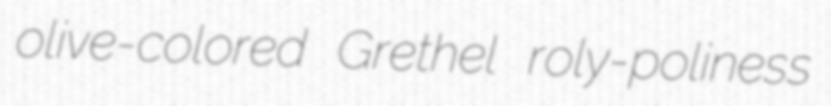
olive-colored Grethel roly-poliness